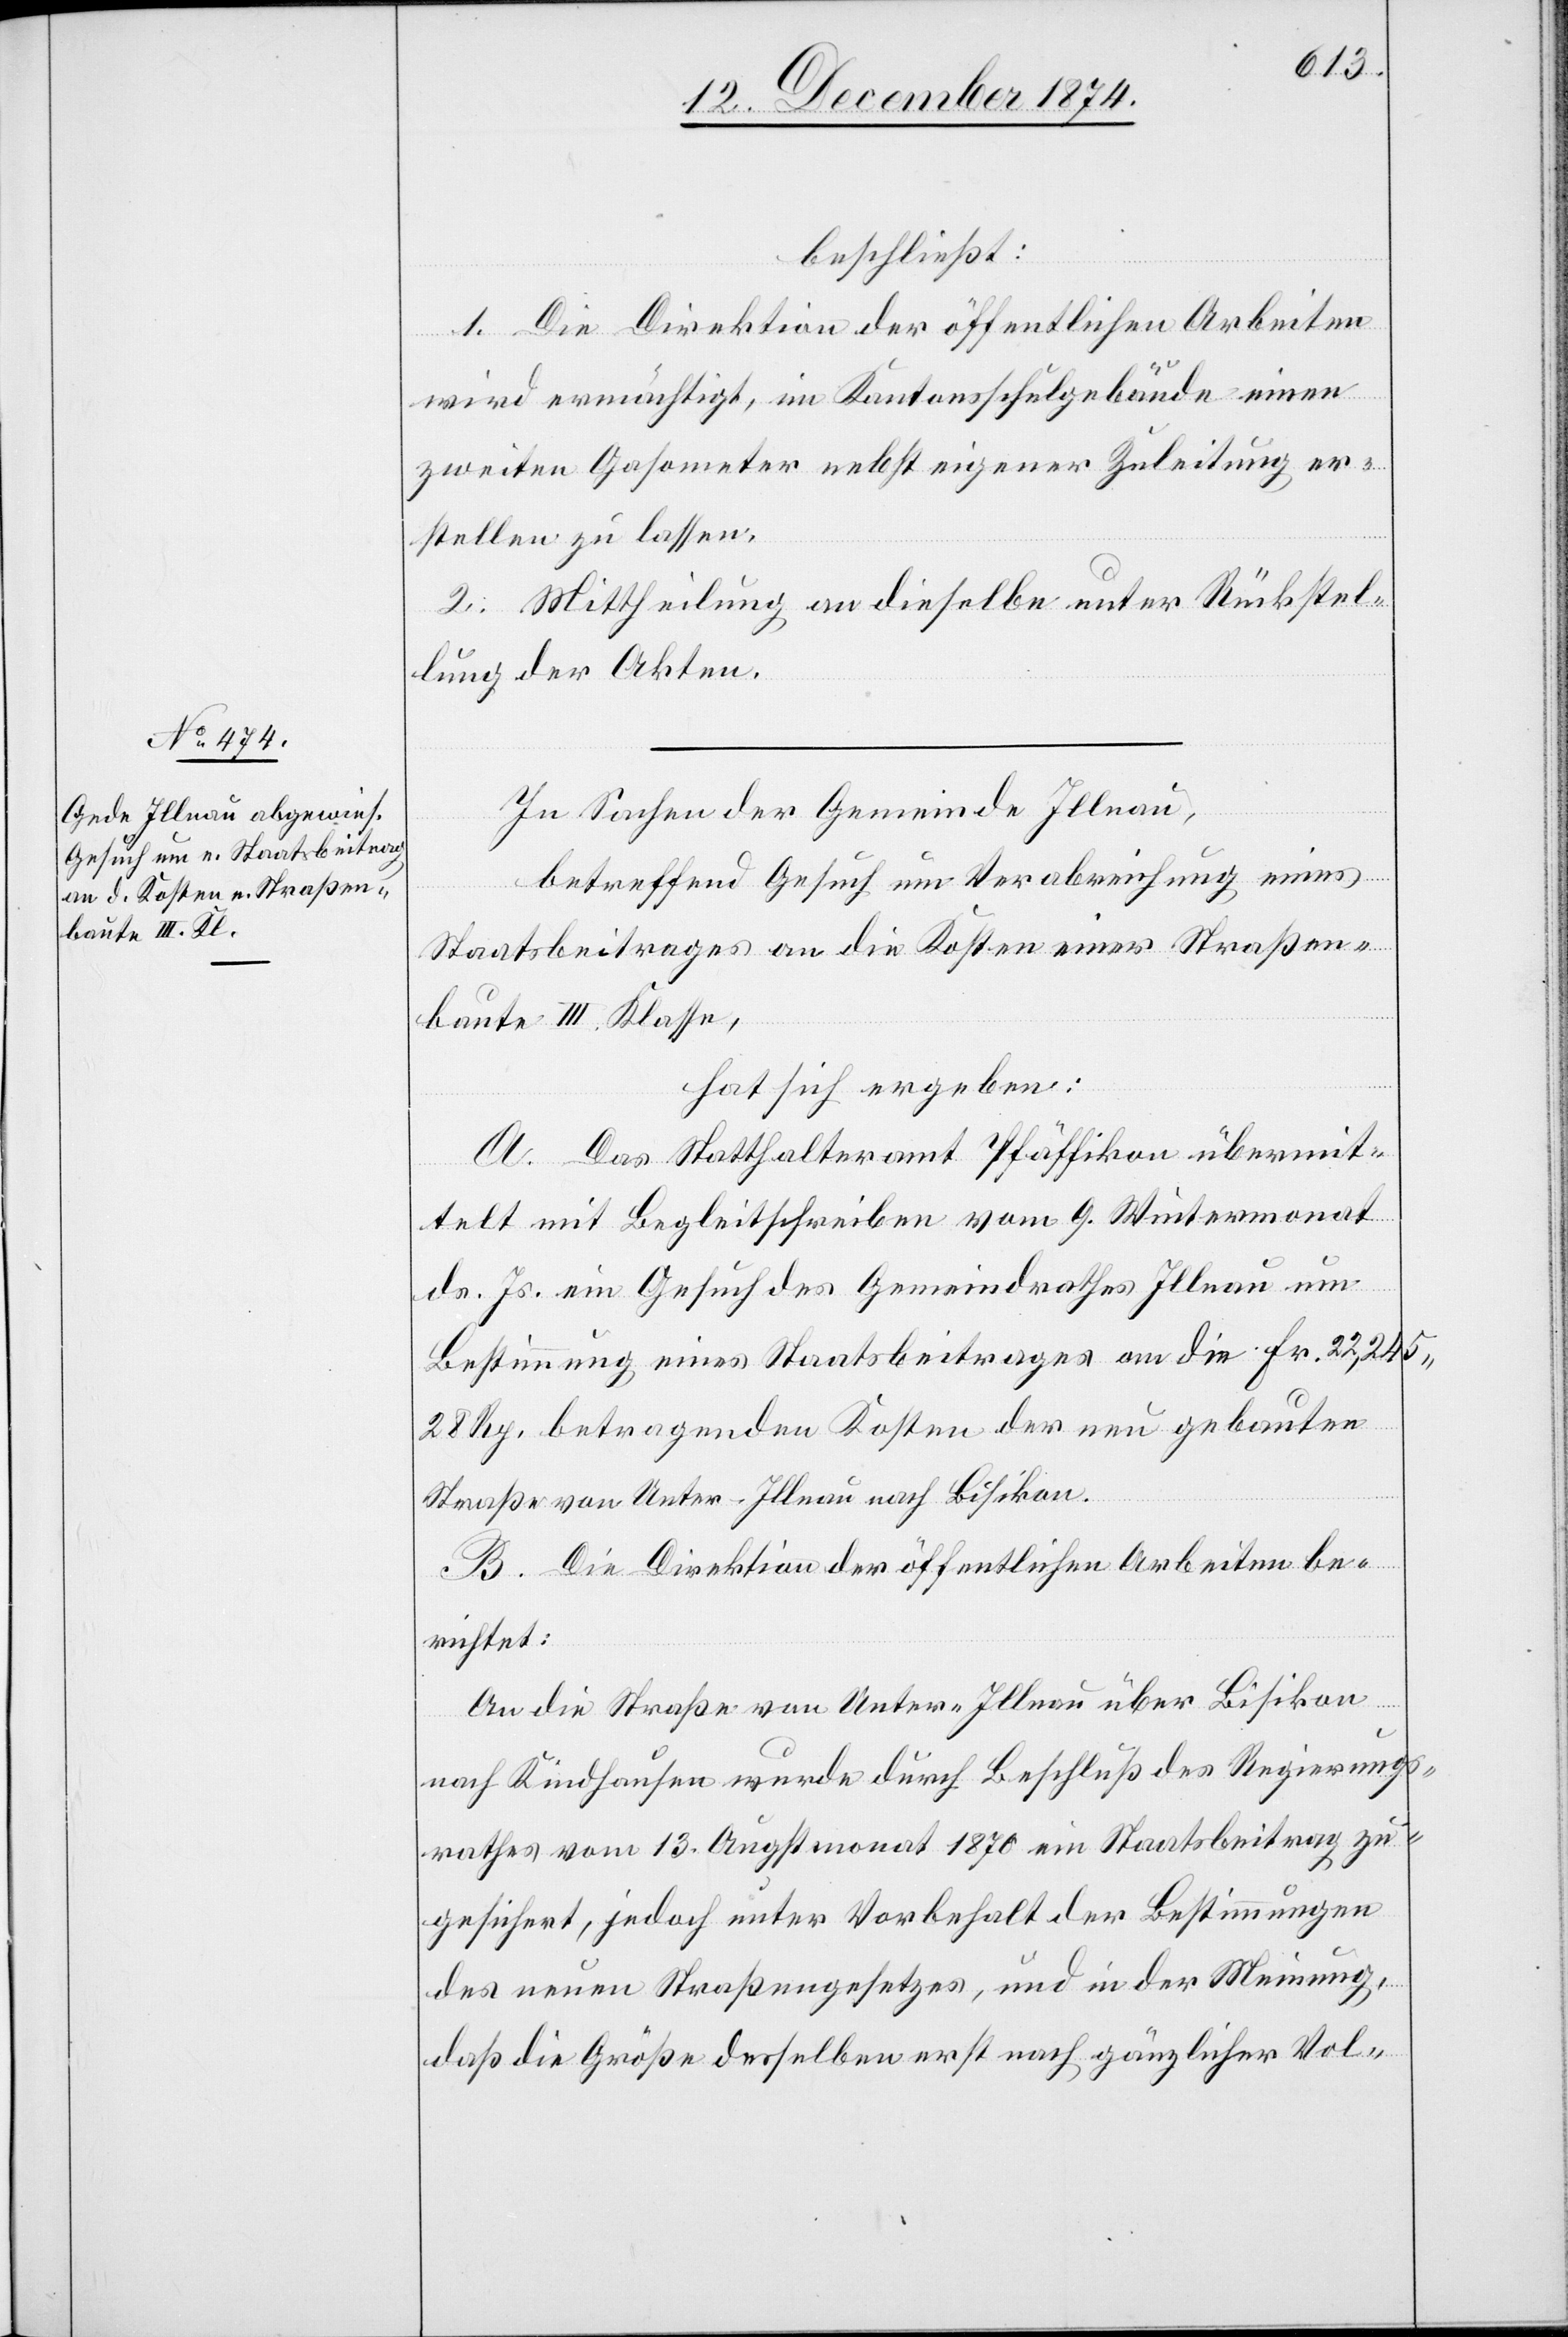
beschließt:
1. Die Direktion der öffentlichen Arbeiten
wird ermächtigt, im Kantonsschulgebäude einen
zweiten Gasometer nebst eigener Zuleitung er¬
stellen zu lassen.
2. Mittheilung an dieselbe unter Rückstel¬
lung der Akten.
In Sachen der Gemeinde Illnau,
betreffend Gesuch um Verabreichung eines
Staatsbeitrages an die Kosten einer Straßen¬
baute III. Klasse,
hat sich ergeben:
A. Das Statthalteramt Pfäffikon übermit¬
telt mit Begleitschreiben vom 9. Wintermonat
d. Js. ein Gesuch des Gemeindrathes Illnau um
Bestimmung eines Staatsbeitrages an die Fr. 22,245.
28 Rp. betragenden Kosten der neu gebauten
Straße von Uster-Illnau nach Bisikon.
B. Die Direktion der öffentlichen Arbeiten be¬
richtet:
An die Straße von Unter-Illnau über Bisikon
nach Kindhausen wurde durch Beschluß des Regierungs¬
rathes vom 13. Augstmonat 1870 ein Staatsbeitrag zu¬
gesichert, jedoch unter Vorbehalt der Bestimmungen
des neuen Straßengesetzes, und in der Meinung,
daß die Größe desselben erst nach gänzlicher Vol-